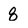
Character: 8